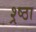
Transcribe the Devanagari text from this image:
श्र्ष्ठा